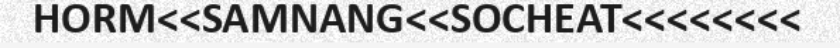
HORM<<SAMNANG<<SOCHEAT<<<<<<<<